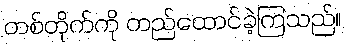
တစ်တိုက်ကို တည်ထောင်ခဲ့ကြသည်။